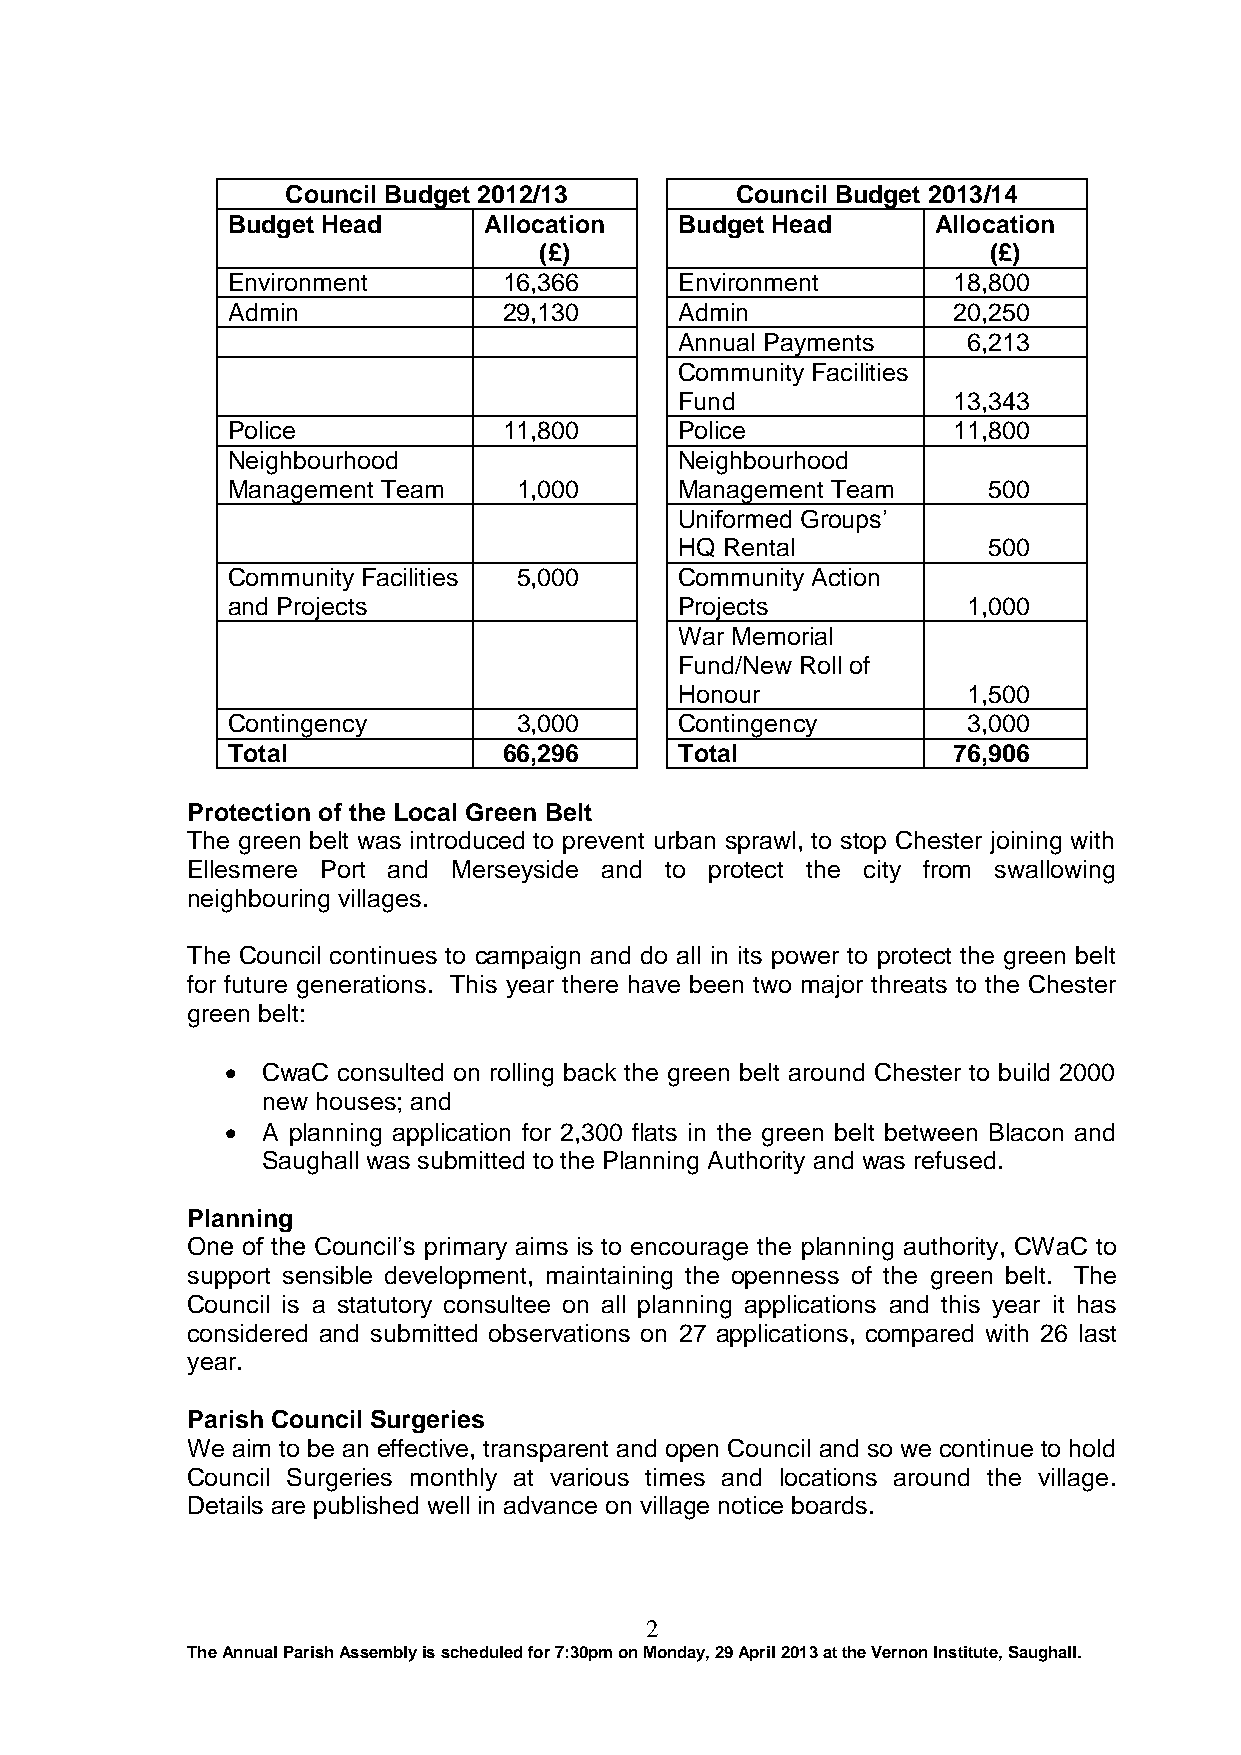
Council Budget 2012/13        Council Budget 2013/14
 Budget Head      Allocation   Budget Head      Allocation
 (£)                           (£)
 Environment       16,366      Environment       18,800
 Admin             29,130      Admin             20,250
 Annual Payments    6,213
 Community Facilities
 Fund              13,343
 Police            11,800      Police            11,800
 Neighbourhood                 Neighbourhood
 Management Team    1,000      Management Team     500
 Uniformed Groups’
 HQ Rental           500
 Community Facilities 5,000    Community Action
 and Projects                  Projects           1,000
 War Memorial
 Fund/New Roll of
 Honour             1,500
 Contingency        3,000      Contingency        3,000
 Total             66,296      Total             76,906
 Protection of the Local Green Belt
 The green belt was introduced to prevent urban sprawl, to stop Chester joining with
 Ellesmere Port and Merseyside and to protect the city from swallowing
 neighbouring villages.
 The Council continues to campaign and do all in its power to protect the green belt
 for future generations. This year there have been two major threats to the Chester
 green belt:
  CwaC consulted on rolling back the green belt around Chester to build 2000
 new houses; and
  A planning application for 2,300 flats in the green belt between Blacon and
 Saughall was submitted to the Planning Authority and was refused.
 Planning
 One of the Council’s primary aims is to encourage the planning authority, CWaC to
 support sensible development, maintaining the openness of the green belt. The
 Council is a statutory consultee on all planning applications and this year it has
 considered and submitted observations on 27 applications, compared with 26 last
 year.
 Parish Council Surgeries
 We aim to be an effective, transparent and open Council and so we continue to hold
 Council Surgeries monthly at various times and locations around the village.
 Details are published well in advance on village notice boards.
 2
 The Annual Parish Assembly is scheduled for 7:30pm on Monday, 29 April 2013 at the Vernon Institute, Saughall.